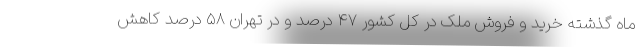
ماه گذشته خرید و فروش ملک در کل کشور ۴۷ درصد و در تهران ۵۸ درصد کاهش